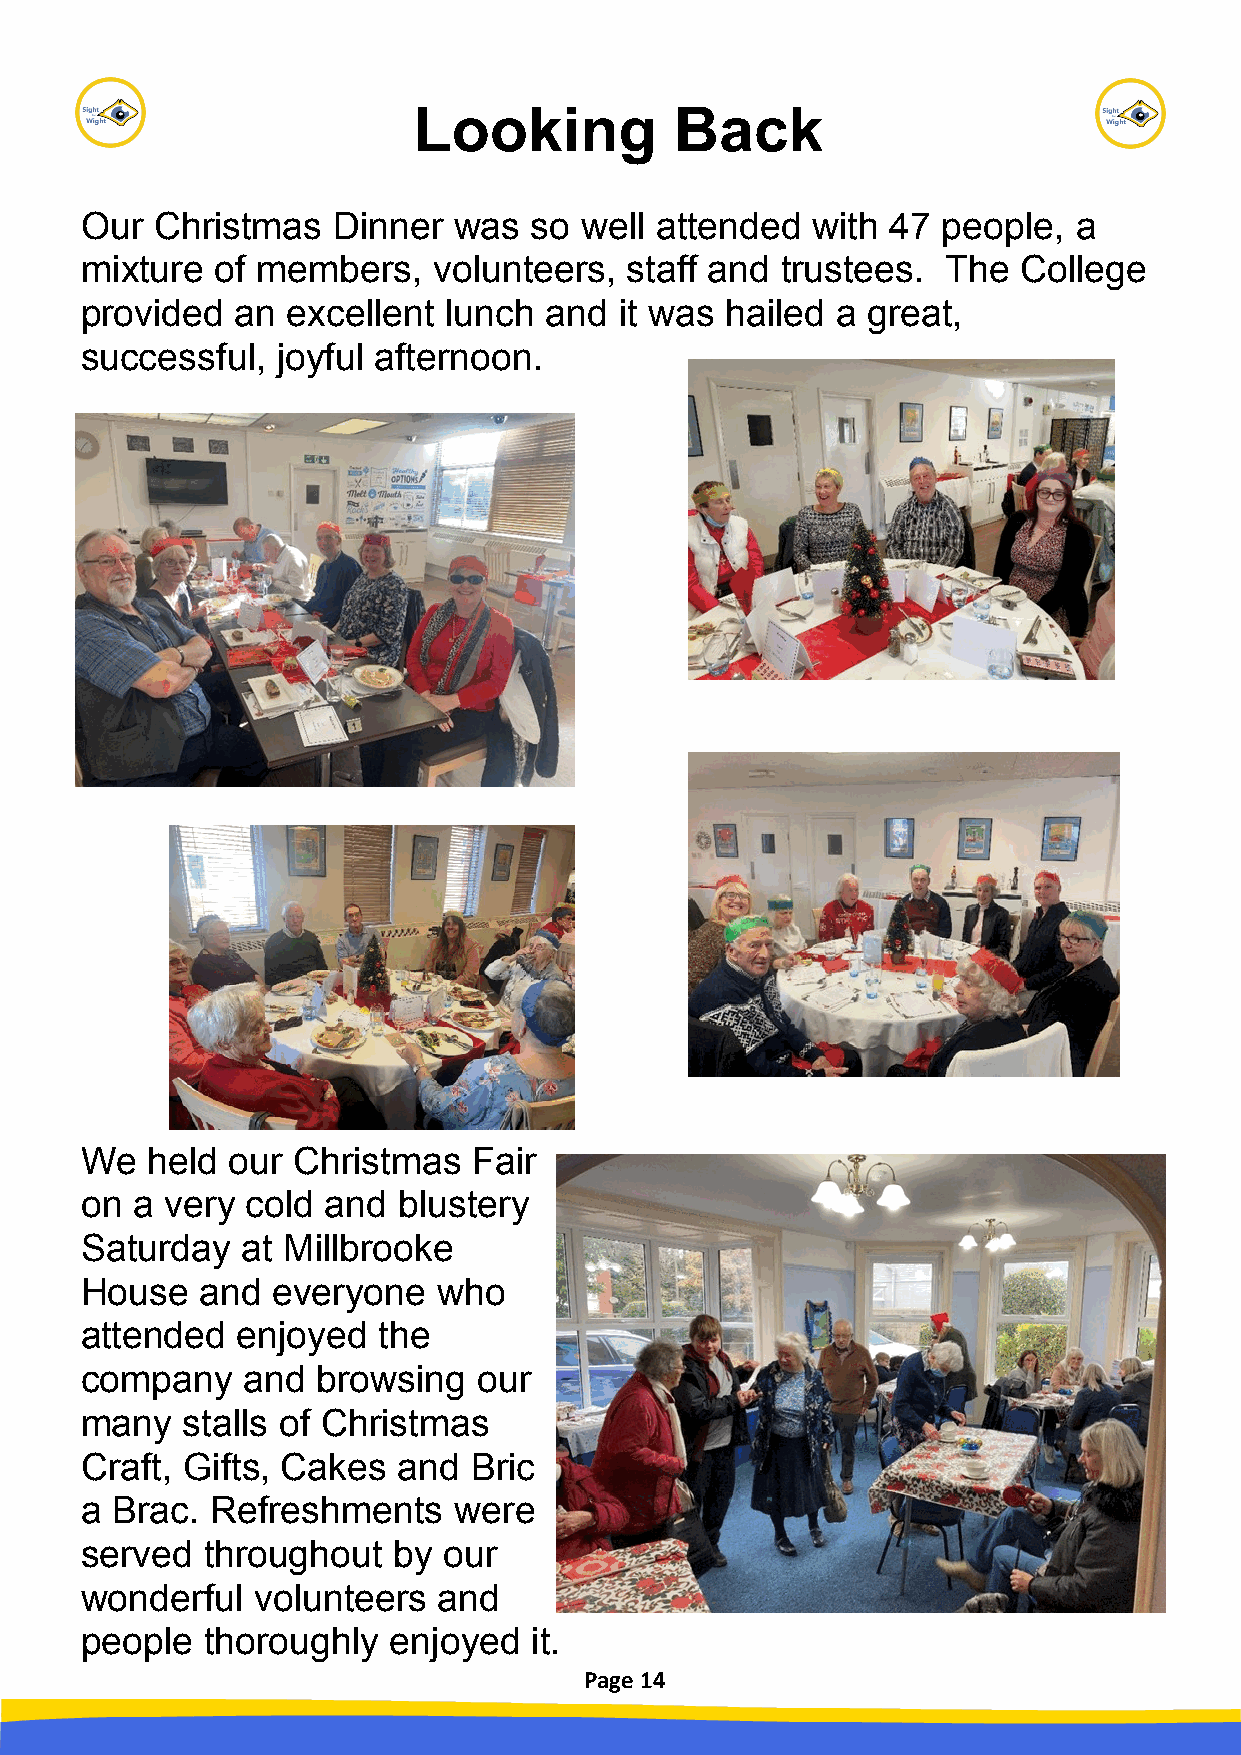
Looking           Back
 Our  Christmas   Dinner  was  so well attended   with 47 people,  a
 mixture  of members,    volunteers,  staff and trustees.  The  College
 provided   an excellent  lunch and  it was hailed a great,
 successful,  joyful afternoon.
 We   held our Christmas   Fair
 on  a very cold  and blustery
 Saturday   at Millbrooke
 House   and  everyone   who
 attended   enjoyed  the
 company    and  browsing   our
 many   stalls of Christmas
 Craft, Gifts, Cakes  and  Bric
 a Brac.  Refreshments    were
 served  throughout   by our
 wonderful   volunteers  and
 people  thoroughly   enjoyed  it.
 Page 14